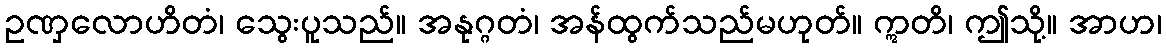
ဥဏှလောဟိတံ၊ သွေးပူသည်။ အနုဂ္ဂတံ၊ အန်ထွက်သည်မဟုတ်။ ဣတိ၊ ဤသို့။ အာဟ၊